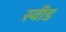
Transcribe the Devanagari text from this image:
स्वीड